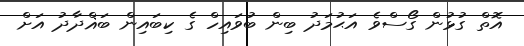
އޮތް ގުޅުން ގޯސްވެ އަޙުމަދު ބިން ބުވައިހް ގެ ކިބައިން ބަޣްދާދު އަށް